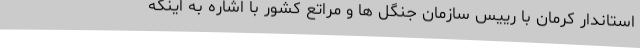
استاندار کرمان با رییس سازمان جنگل ها و مراتع کشور با اشاره به اینکه